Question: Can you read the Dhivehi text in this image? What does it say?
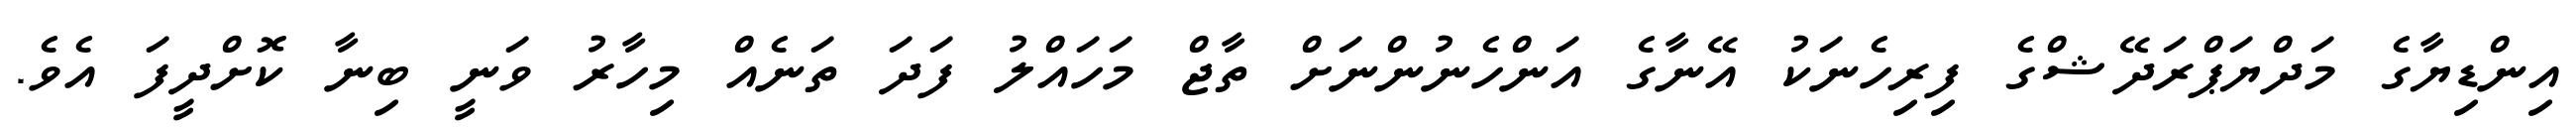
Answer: އިންޑިޔާގެ މަދްޔަޕްރަދޭޝްގެ ފިރިހެނަކު އޭނާގެ އަންހެނުންނަށް ތާޖް މަހައްލު ފަދަ ތަނެއް މިހާރު ވަނީ ބިނާ ކޮށްދީފަ އެވެ.